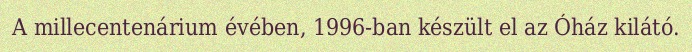
A millecentenárium évében, 1996-ban készült el az Óház kilátó.